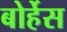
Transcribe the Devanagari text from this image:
बोर्हेस